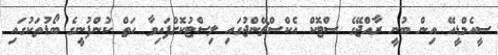
ސީއެމްޑީއޭ އިން ބުނީ ރާއްޖޭގެ ސްޓޮކް އެކްސްޗޭންޖުގައި ލިސްޓުކޮށްފައިވާ ހަތް ކުންފުނީގެ ބޯޑުތަކުގައި